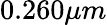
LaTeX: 0.260\mu m